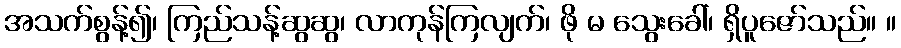
အသက်စွန့်၍၊ ကြည်သန့်ဆွဆွ၊ လာကုန်ကြလျက်၊ ဖို မ သွေးခေါ်၊ ရှိပူဇော်သည်။ ။